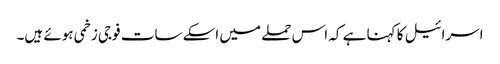
اسرائیل کا کہنا ہے کہ اس حملے میں اسکے سات فوجی زخمی ہوئے ہیں۔